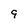
Character: 9